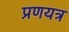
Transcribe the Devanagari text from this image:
प्रणयत्र